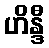
ဟိန္ဒီ